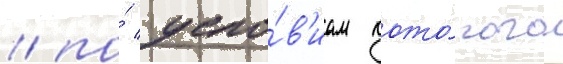
/ по́ усло́в'иам кото́рого